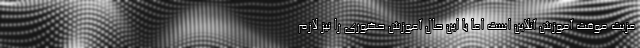
مزیت موقت آموزش آنلاین است اما با این حال آموزش حضوری را نیز لازم